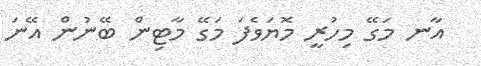
އާނ މަގޭ މިހުރީ މޮޔަވެފަ މަގޭ މާޓިން ބޭނުން އޭނަ